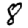
Digit: 8